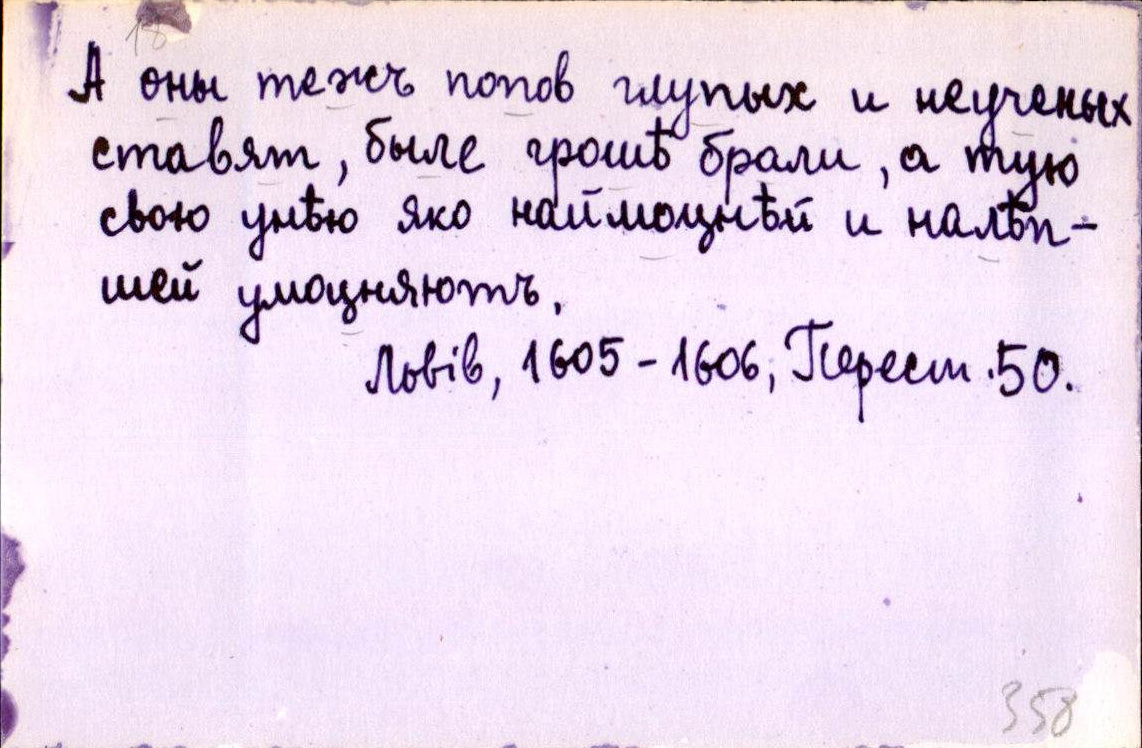
А оны тежъ попов глупых и неученых
ставят, быле грошѣ брали, а тую
свою унѣю яко наймоцнѣй и налѣп-
шей умоцняютъ.
Львів, 1605-1606, Перест. 50.